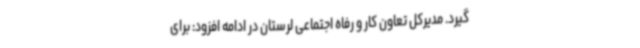
گیرد. مدیرکل تعاون کار و رفاه اجتماعی لرستان در ادامه افزود: برای